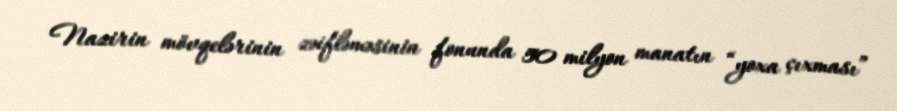
Nazirin mövqelərinin zəifləməsinin fonunda 50 milyon manatın “yoxa çıxması”